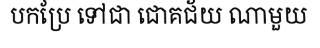
បកប្រែ ទៅជា ជោគជ័យ ណាមួយ